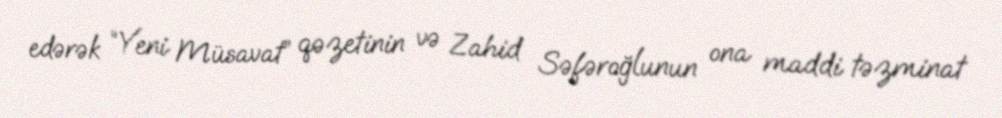
edərək “Yeni Müsavat” qəzetinin və Zahid Səfəroğlunun ona maddi təzminat